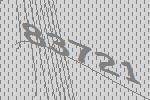
83721